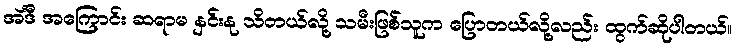
အဲင်္ဒီ အကြောင်း ဆရာမ နှင်းနု သိတယ်လို့ သမီးဖြစ်သူက ပြောတယ်လို့လည်း ထွက်ဆိုပါတယ်။